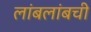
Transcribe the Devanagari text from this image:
लांबलांबची